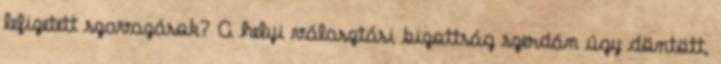
lefizetett szavazások? A helyi választási bizottság szerdán úgy döntött,